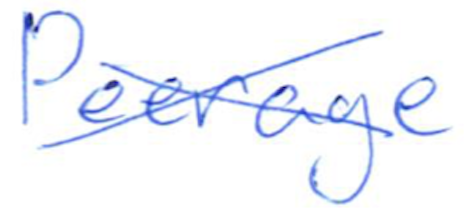
Text: Peerage
Cross-out: mix
Writing tool: ballpoint